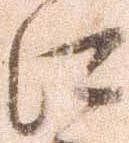
江